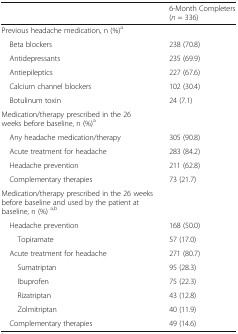
|  | 6-Month Completers(n = 336) |
 | --- | --- |
 | Previous headache medication, n (%)a |  |
 | Beta blockers | 238 (70.8) |
 | Antidepressants | 235 (69.9) |
 | Antiepileptics | 227 (67.6) |
 | Calcium channel blockers | 102 (30.4) |
 | Botulinum toxin | 24 (7.1) |
 | Medication/therapy prescribed in the 26 weeks before baseline, n (%)a |  |
 | Any headache medication/therapy | 305 (90.8) |
 | Acute treatment for headache | 283 (84.2) |
 | Headache prevention | 211 (62.8) |
 | Complementary therapies | 73 (21.7) |
 | Medication/therapy prescribed in the 26 weeks before baseline and used by the patient at baseline, n (%) a,b |  |
 | Headache prevention | 168 (50.0) |
 | Topiramate | 57 (17.0) |
 | Acute treatment for headache | 271 (80.7) |
 | Sumatriptan | 95 (28.3) |
 | Ibuprofen | 75 (22.3) |
 | Rizatriptan | 43 (12.8) |
 | Zolmitriptan | 40 (11.9) |
 | Complementary therapies | 49 (14.6) |